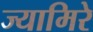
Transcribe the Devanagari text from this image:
ज्यामिरे